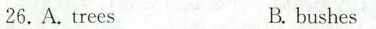
26.A treesB.bushes